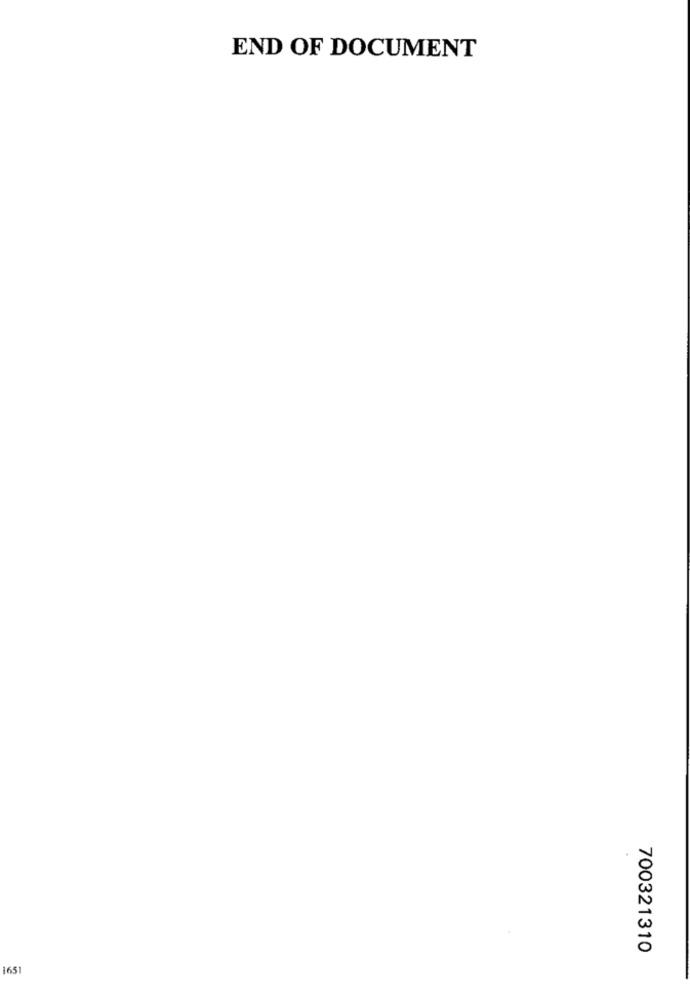
END OF DOCUMENT
700321310
1651